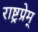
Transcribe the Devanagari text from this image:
राष्ट्रप्रेम्